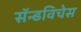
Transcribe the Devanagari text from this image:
सॅन्डविचेस